Lunatic asylums Bombay report 1878-1890 - 1878-1890
Year: 1878
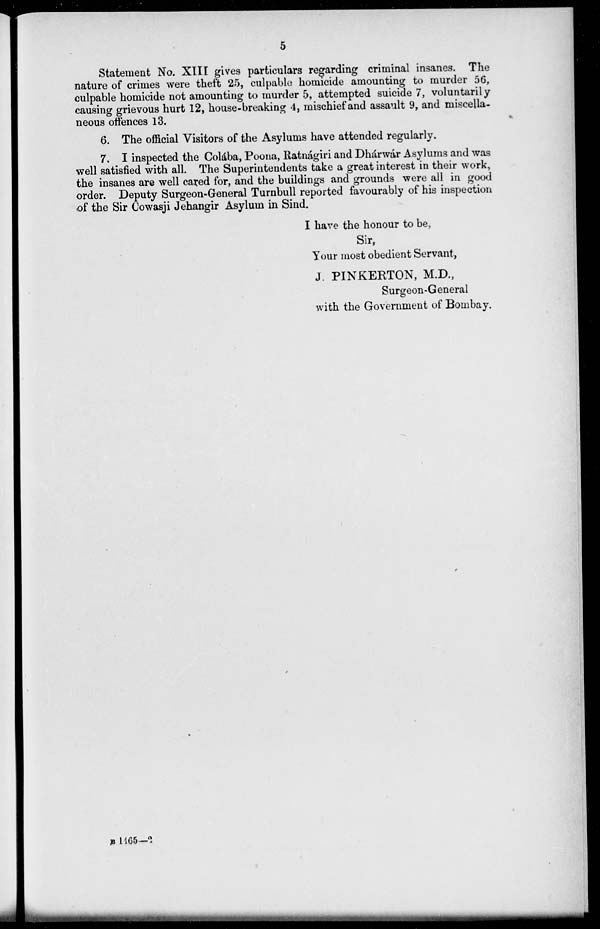
5
Statement No. XIII gives particulars regarding criminal insanes. The
nature of crimes were theft 25, culpable homicide amounting to murder 56,
culpable homicide not amounting to murder 5, attempted suicide 7, voluntarily
causing grievous hurt 12, house-breaking 4, mischief and assault 9, and miscella-
neous offences 13.
6. The official Visitors of the Asylums have attended regularly.
7. I inspected the Colába, Poona, Ratnágiri and Dhárwár Asylums and was
well satisfied with all. The Superintendents take a great interest in their work,
the insanes are well cared for, and the buildings and grounds were all in good
order. Deputy Surgeon-General Turnbull reported favourably of his inspection
of the Sir Cowasji Jehangir Asylum in Sind.
I have the honour to be,
Sir,
Your most obedient Servant,
J. PINKERTON, M.D.,
Surgeon-General
with the Government of Bombay.
B 1165—2